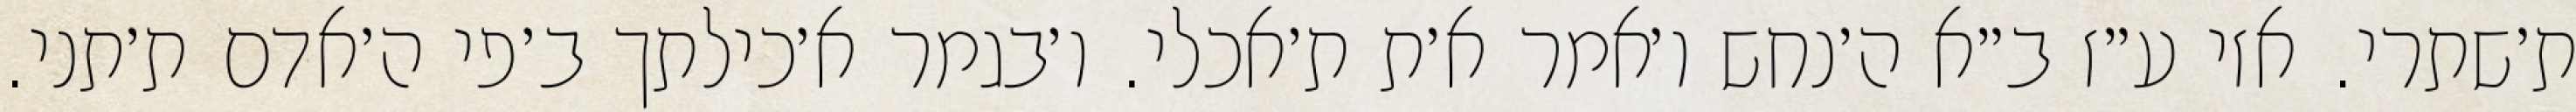
ת׳שתרי. אזי ע״ז ב״א ה׳נחש ו׳אמר א׳ת ת׳אכלי. ו׳בגמר א׳כילתך ב׳פי ה׳אדם ת׳תני.